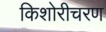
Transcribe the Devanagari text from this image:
किशोरीचरण